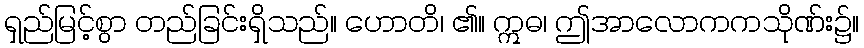
ရှည်မြင့်စွာ တည်ခြင်းရှိသည်။ ဟောတိ၊ ၏။ ဣဓ၊ ဤအာလောကကသိုဏ်း၌။